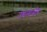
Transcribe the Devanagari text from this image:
उच्चन्याधीष